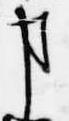
事